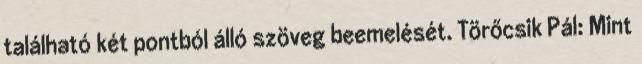
található két pontból álló szöveg beemelését. Törőcsik Pál: Mint